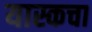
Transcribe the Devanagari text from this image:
यास्कचा